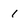
Character: 1